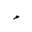
Letter: _waw